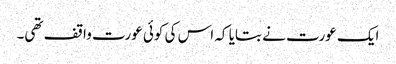
ایک عورت نے بتایا کہ اس کی کوئی عورت واقف تھی۔